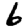
Digit: 6